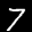
Label: 7